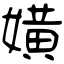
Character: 嫹